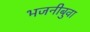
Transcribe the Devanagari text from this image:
भजनीबुवा